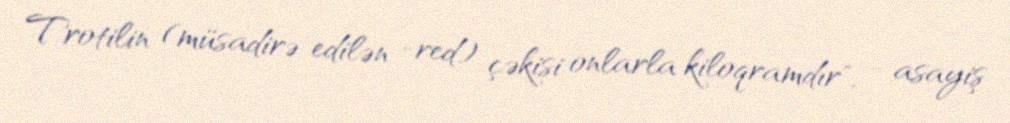
Trotilin (müsadirə edilən -red) çəkisi onlarla kiloqramdır", - asayiş